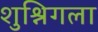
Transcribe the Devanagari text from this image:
शुश्निगला